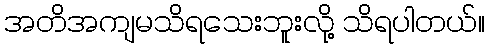
အတိအကျမသိရသေးဘူးလို့ သိရပါတယ်။